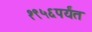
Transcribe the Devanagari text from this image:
१९५६पर्यंत